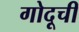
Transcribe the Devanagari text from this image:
गोदूची